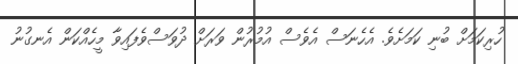
ހުރިކަމަށް ބުނި ކަމަށެވެ. އެހެނަސް އެވެސް އުމުރުން ވަރަށް ދުވަސްވެފައިވާ މީހެއްކަން އެނގުނު